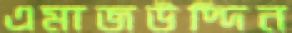
এমাজউদ্দিন